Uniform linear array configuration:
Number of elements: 16
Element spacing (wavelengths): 0.5
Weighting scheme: hamming
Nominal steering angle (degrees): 30
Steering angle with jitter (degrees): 29.799
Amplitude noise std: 0.05
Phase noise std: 0.05

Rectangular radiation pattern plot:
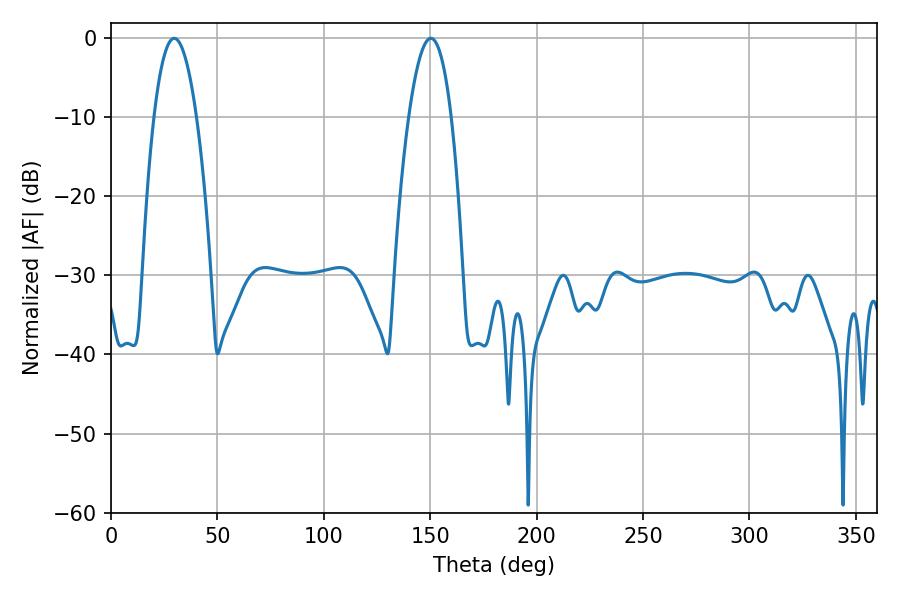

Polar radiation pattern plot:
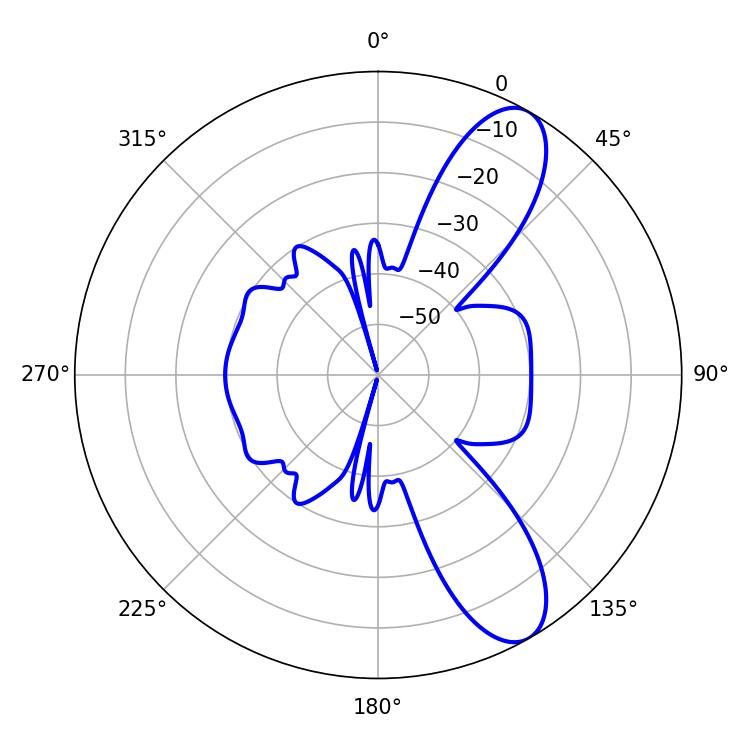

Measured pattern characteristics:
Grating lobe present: FALSE
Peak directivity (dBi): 9.889
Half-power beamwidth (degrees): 11.16
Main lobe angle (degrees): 29.7